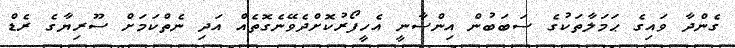
ގެންދާ ވައިގެ ޙަމަލާތަކުގެ ސަބަބުން އިންސާނީ އެހީފޯރުކޮށްދެވޭނެގޮތެއް އަދި ނެތްކަމަށް ސޫރިޔާގެ ރެޑް